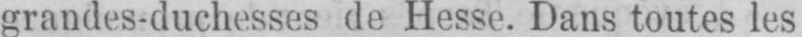
grandes-duchesses de Hesse. Dans toutes les